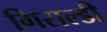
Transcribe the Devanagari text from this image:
गिराल्डी